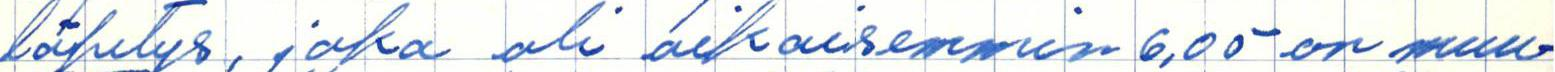
lähetys, joka oli aikaisemmin 6.05 on muu-